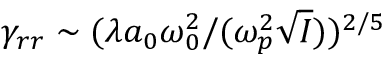
\gamma _ { r r } \sim ( \lambda a _ { 0 } \omega _ { 0 } ^ { 2 } / ( \omega _ { p } ^ { 2 } \sqrt { I } ) ) ^ { 2 / 5 }